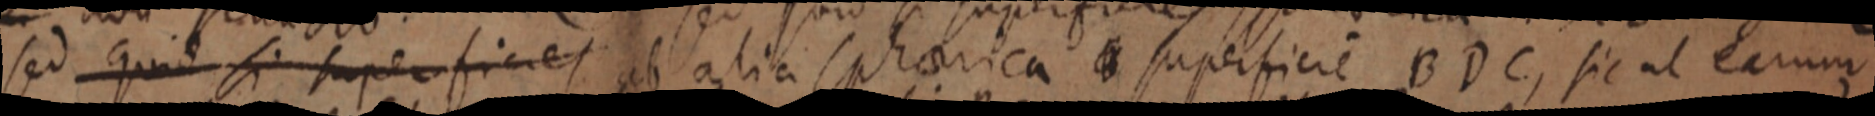
sed quid si superficies ab alia sphaerica _ superficie BDC, sic ut earum